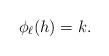
LaTeX: \begin{align*} \phi_\ell(h)=k. \end{align*}